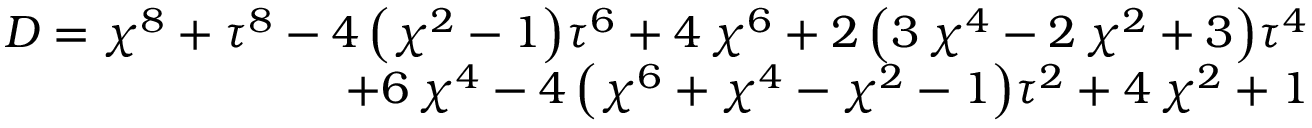
\begin{array} { r } { D = { \chi } ^ { 8 } + { \tau } ^ { 8 } - 4 \, { \left( { \chi } ^ { 2 } - 1 \right) } { \tau } ^ { 6 } + 4 \, { \chi } ^ { 6 } + 2 \, { \left( 3 \, { \chi } ^ { 4 } - 2 \, { \chi } ^ { 2 } + 3 \right) } { \tau } ^ { 4 } } \\ { + 6 \, { \chi } ^ { 4 } - 4 \, { \left( { \chi } ^ { 6 } + { \chi } ^ { 4 } - { \chi } ^ { 2 } - 1 \right) } { \tau } ^ { 2 } + 4 \, { \chi } ^ { 2 } + 1 } \end{array}